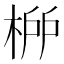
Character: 𣓠